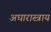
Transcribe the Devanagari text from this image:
अघारास्त्राय